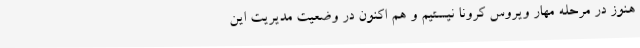
هنوز در مرحله مهار ویروس کرونا نیستیم و هم اکنون در وضعیت مدیریت این